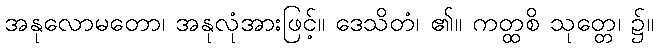
အနုလောမတော၊ အနုလုံအားဖြင့်။ ဒေသိတံ၊ ၏။ ကတ္ထစိ သုတ္တေ၊ ၌။